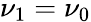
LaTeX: \nu_{1}=\nu_{0}